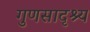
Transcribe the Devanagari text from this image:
गुणसादृश्य